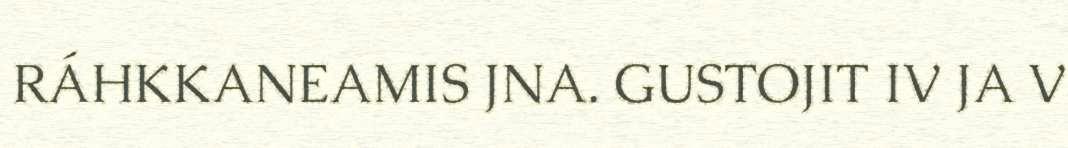
RÁHKKANEAMIS JNA. GUSTOJIT IV JA V